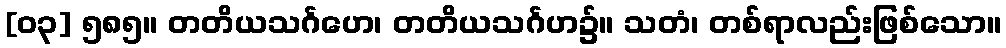
[၀၃] ၅၈၅။ တတိယသင်္ဂဟေ၊ တတိယသင်္ဂဟ၌။ သတံ၊ တစ်ရာလည်းဖြစ်သော။